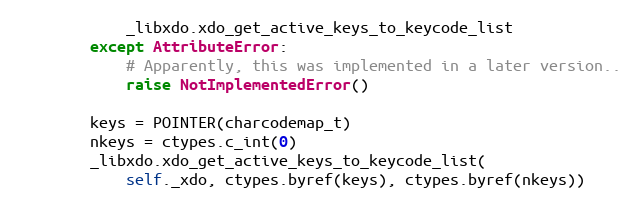
Language: Python
            _libxdo.xdo_get_active_keys_to_keycode_list
        except AttributeError:
            # Apparently, this was implemented in a later version..
            raise NotImplementedError()

        keys = POINTER(charcodemap_t)
        nkeys = ctypes.c_int(0)
        _libxdo.xdo_get_active_keys_to_keycode_list(
            self._xdo, ctypes.byref(keys), ctypes.byref(nkeys))